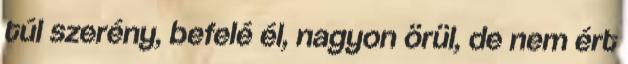
túl szerény, befelé él, nagyon örül, de nem ért